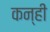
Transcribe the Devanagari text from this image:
कन्ही